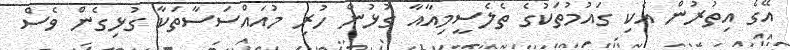
އޭގެ އިތުރުން އެކި ގައުމުތަކުގެ ތެލެސީމިއާއާ ގުޅުން ހުރި މުއައްސަސާތަކާ ގުޅިގެން ވެސް